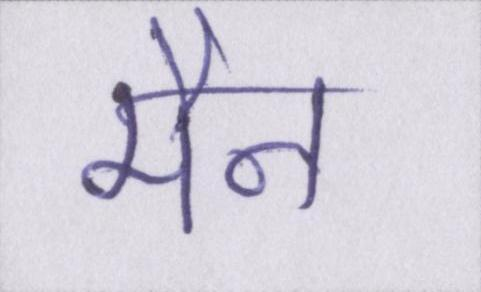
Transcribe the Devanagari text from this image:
मैन